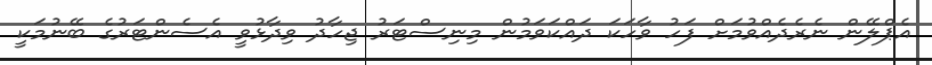
އެޕްލޭން ނެރެދެއްވުމަށް ފަހު ވާހަކަ ދައްކަވަމުން މިނިސްޓަރު ޖިހާދު ވިދާޅުވީ އެސެންޓަރުގެ ބޭނުމަކީ